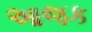
આજક